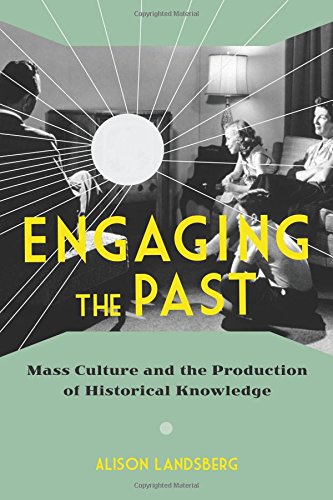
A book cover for Engaging the Past: Mass Culture and the Production of Historical Knowledge; Alison Landsberg; Humor & Entertainment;